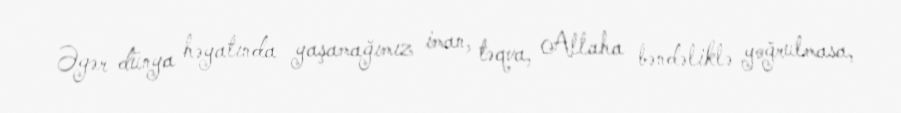
Əgər dünya həyatında yaşamağımız iman, təqva, Allaha bəndəliklə yoğrulmasa,